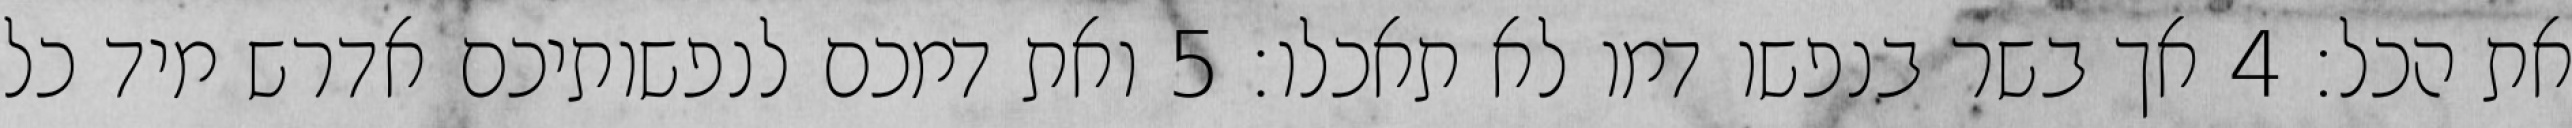
את הכל׃ ‎4‏ אך בשר בנפשו דמו לא תאכלו׃ ‎5‏ ואת דמכם לנפשותיכם אדרש מיד כל